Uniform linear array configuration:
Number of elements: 24
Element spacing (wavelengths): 0.5
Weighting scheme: binomial
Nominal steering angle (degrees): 30
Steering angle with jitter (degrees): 31.699
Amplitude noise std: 0.05
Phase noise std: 0.05

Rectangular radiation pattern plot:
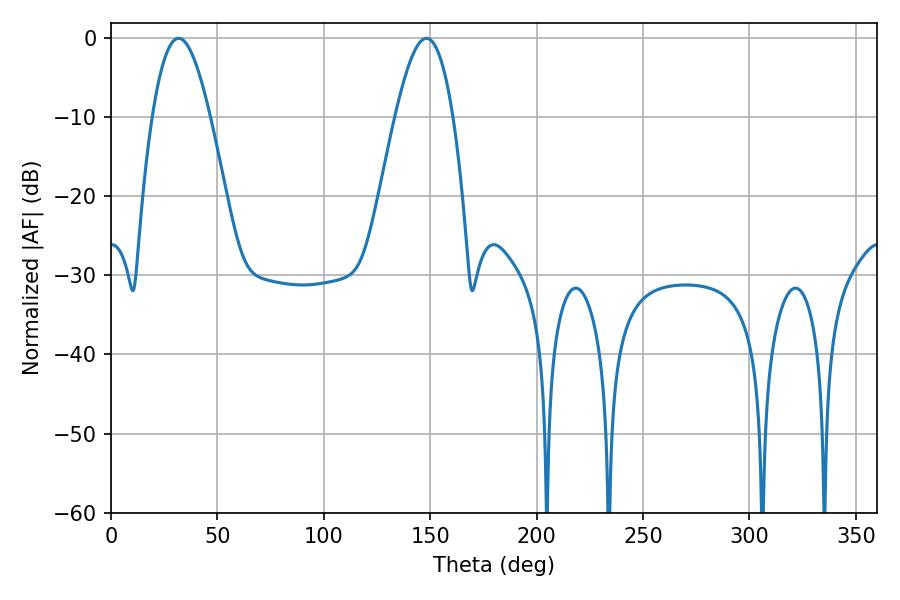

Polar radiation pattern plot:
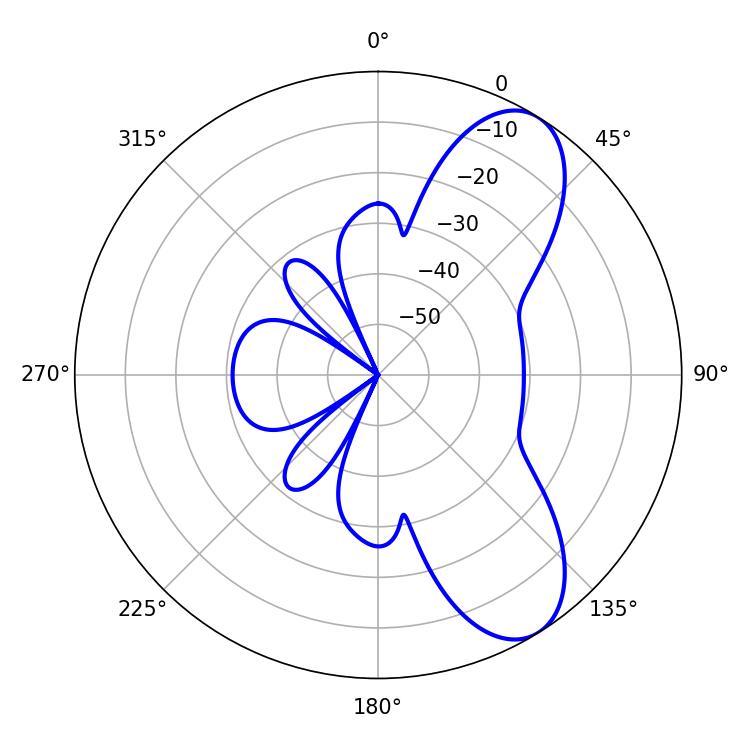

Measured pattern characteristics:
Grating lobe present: FALSE
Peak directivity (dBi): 8.262
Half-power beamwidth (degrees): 14.58
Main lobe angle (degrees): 31.86